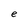
Character: e